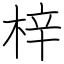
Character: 梓